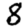
Digit: 8